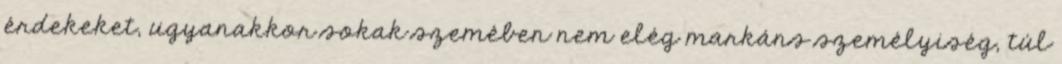
érdekeket, ugyanakkor sokak szemében nem elég markáns személyiség, túl